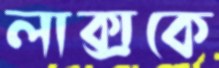
লাক্সকে